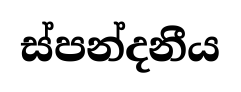
ස්පන්දනීය